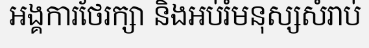
អង្គការថែរក្សា និងអប់រំមនុស្សសំរាប់